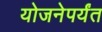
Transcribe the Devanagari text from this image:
योजनेपर्यंत